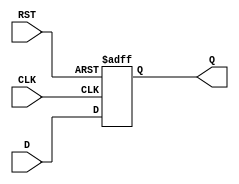
module FlipFlopRegister #(
    parameter WIDTH = 8 // Parameter to define the width of the register
)(
    input wire [WIDTH-1:0] D, // Data input
    input wire CLK,            // Clock input
    input wire RST,            // Reset input
    output reg [WIDTH-1:0] Q   // Data output
);

// Sequential logic for the flip-flop register
always @(posedge CLK or posedge RST) begin
    if (RST) begin
        Q <= {WIDTH{1'b0}}; // Asynchronous reset to zero
    end else begin
        Q <= D; // Capture data on the rising edge of the clock
    end
end

endmodule